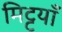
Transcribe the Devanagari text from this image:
मिट्टयाँ